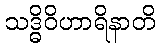
သဒ္ဓိဝိဟာရိနာတိ